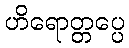
ဟိရောတ္တပ္ပေ